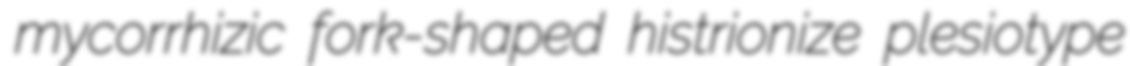
mycorrhizic fork-shaped histrionize plesiotype